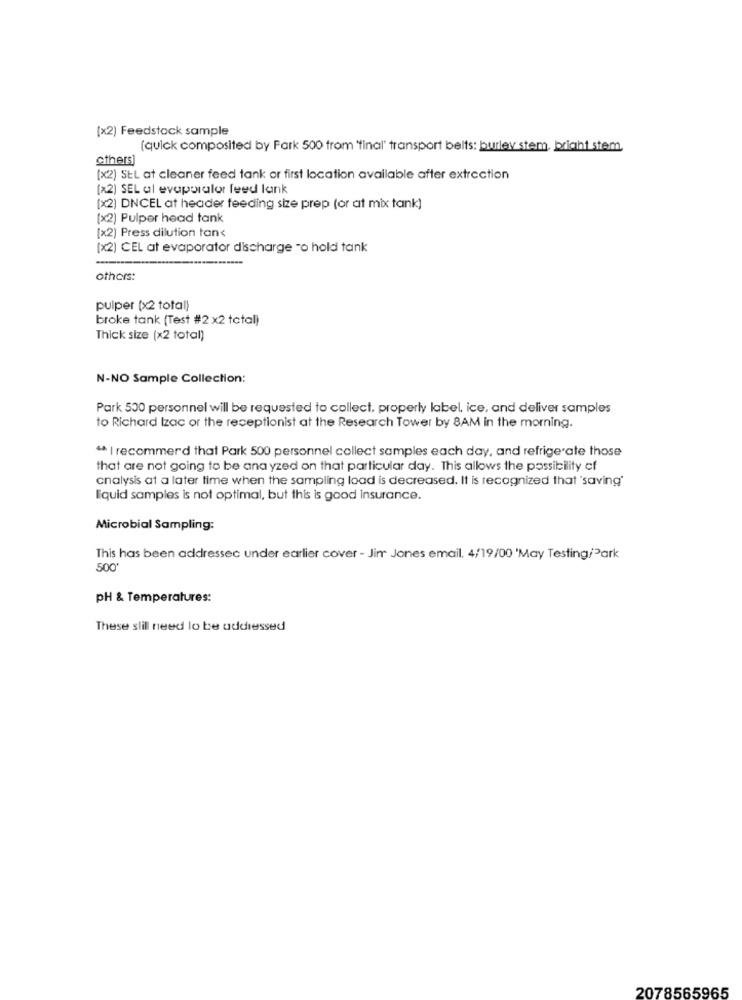
[x2) Feedstock sample
[quick compositedi by Park 500 from 'final' transport belts: burley stem, bright stem.
others]
(x2) SEL at cleaner feed tank or first location available after extraction
(x2) SEL al evaporator feed lank
(x2) DNCEL at header feeding size prep (or at mix tank)
(x2) Pulper head tank
[x2) Press dilution tan‹
[x2) CEL at evaporator discharge -o hold tank
others:
pulper (x2 total)
broke tank (Test #2 x2 total)
Thick size (x2 total)
N-NO Sample Collection:
Park 530 personnel will be requested to collect, properly label, ice, and deliver samples
to Richard Izac or the receptionist at the Research Tower by 8AM in the morning.
" I recommend that Park 500 personnel collect samples each day, and refrigerate those
that are not going to be ana yzed on that particular day. This allows the possibility of
cnalysis at a later time when the sampling load is decreased. It is recognized that 'saving'
Iquid samples is not optimal, but this is good insurance.
Microbial Sampling:
This has been addressec under earlier cover - Jim Jones email. 4/19/00 'May Testing/Park
500
pH & Temperatures:
These slill need lo be addressed
2078565965